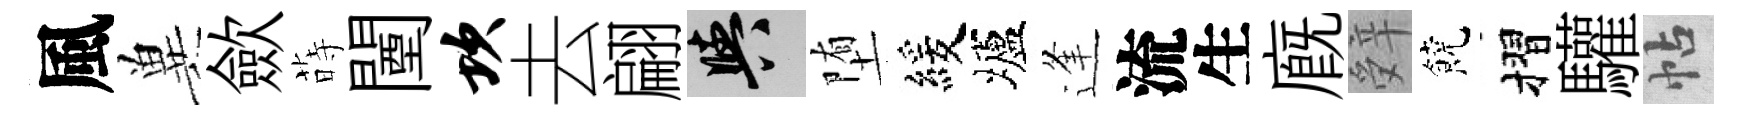
風兾歛蒔闉坎去翩阳堕緩壚逢流生廐辤饒摺驩帖